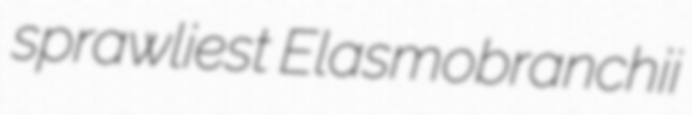
sprawliest Elasmobranchii